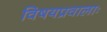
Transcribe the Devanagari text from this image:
विषयप्रवालाः